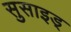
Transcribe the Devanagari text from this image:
सुसाइड्